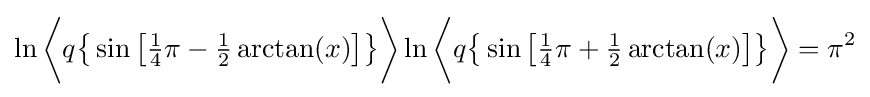
\ln {\biggl \langle }q{\bigl \{}\sin {\bigl [}{\tfrac {1}{4}}\pi -{\tfrac {1}{2}}\arctan(x){\bigr ]}{\bigr \}}{\biggr \rangle }\ln {\biggl \langle }q{\bigl \{}\sin {\bigl [}{\tfrac {1}{4}}\pi +{\tfrac {1}{2}}\arctan(x){\bigr ]}{\bigr \}}{\biggr \rangle }=\pi ^{2}